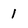
Character: 1